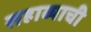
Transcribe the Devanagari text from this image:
सहाव्याची